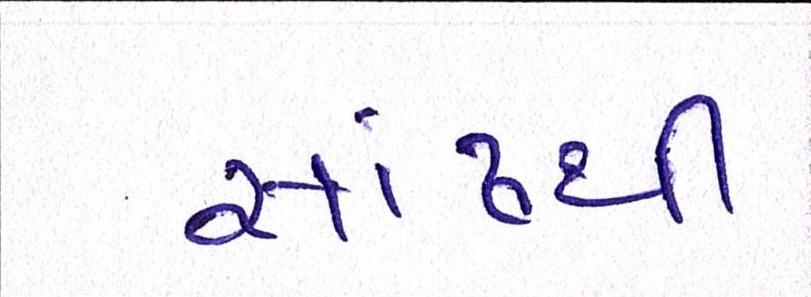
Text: સાંઢથી